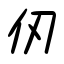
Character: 仞